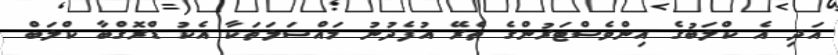
އަދި އެ ކްލަބުގެ އިންވެސްޓަރުންގެ ތެރޭ އުފެދުނު މައްސަލަތަކާ އެކު ޑްރޮގްބާ ކްލަބް